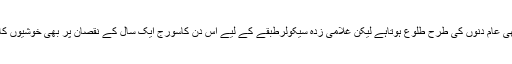
سالگرہ کے دن کاسورج بھی عام دنوں کی طرح طلوع ہوتاہے لیکن غلامی زدہ سیکولرطبقے کے لیے اس دن کاسورج ایک سال کے نقصان پر بھی خوشیوں کاانبوہ کثیرلے کر ابھرتاہے۔